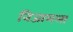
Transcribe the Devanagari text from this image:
निजामला